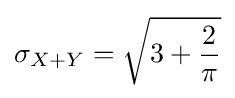
\sigma _{X+Y}={\sqrt {3+{\frac {2}{\pi }}}}